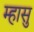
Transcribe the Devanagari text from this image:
म्हासु